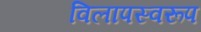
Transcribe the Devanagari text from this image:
विलापस्वरूप